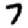
Digit: 7